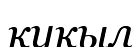
қуқыл